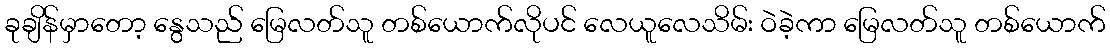
ခုချိန်မှာတော့ နွေသည် မြေလတ်သူ တစ်ယောက်လိုပင် လေယူလေသိမ်း ဝဲခဲ့ကာ မြေလတ်သူ တစ်ယောက်